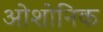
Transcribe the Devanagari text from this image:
ओशोनिक